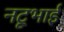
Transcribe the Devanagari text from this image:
नटूभाई